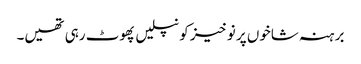
برہنہ شاخوں پر نوخیز کونپلیں پھوٹ رہی تھیں۔